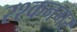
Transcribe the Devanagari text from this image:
रश्कनगर